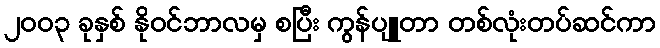
၂၀၀၃ ခုနှစ် နိုဝင်ဘာလမှ စပြီး ကွန်ပျူတာ တစ်လုံးတပ်ဆင်ကာ